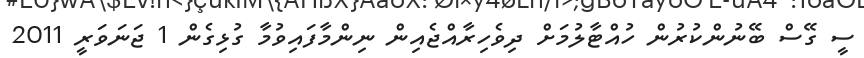
ސީ ގޭސް ބޭނުންކުރުން ހުއްޓާލުމަށް ދިވެހިރާއްޖެއިން ނިންމާފައިވުމާ ގުޅިގެން 1 ޖަނަވަރީ 2011